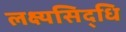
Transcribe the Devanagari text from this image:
लक्ष्यसिद्धि